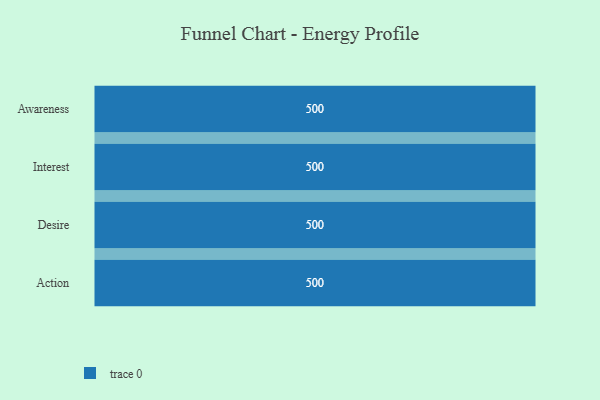
{"axis": {"x": "Stage", "y": "Value"}, "legend": [""], "data": [{"x": "Awareness", "y": 500, "type": ""}, {"x": "Interest", "y": 500, "type": ""}, {"x": "Desire", "y": 500, "type": ""}, {"x": "Action", "y": 500, "type": ""}]}